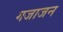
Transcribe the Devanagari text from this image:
गजाजन